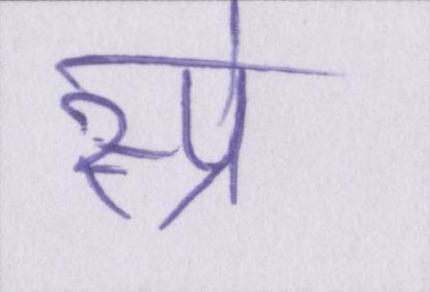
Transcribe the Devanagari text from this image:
स्प्रे